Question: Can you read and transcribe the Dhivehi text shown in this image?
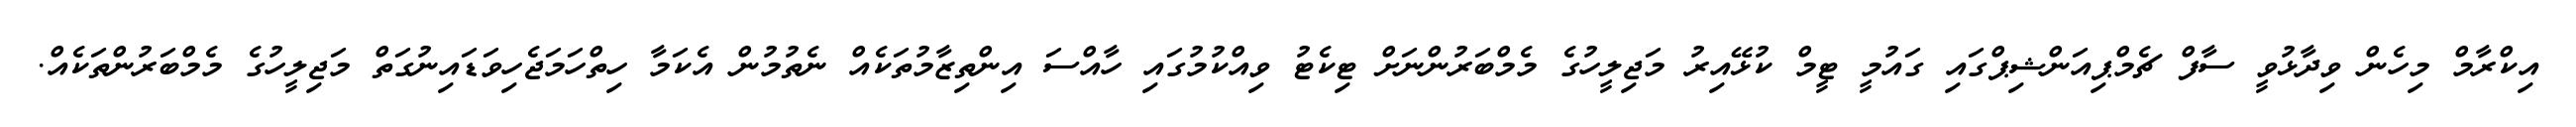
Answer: އިކްރާމް މިހެން ވިދާޅުވީ ސާފް ޗެމްޕިއަންޝިޕްގައި ގައުމީ ޓީމް ކުޅޭއިރު މަޖިލީހުގެ މެމްބަރުންނަށް ޓިކެޓު ވިއްކުމުގައި ހާއްސަ އިންތިޒާމުތަކެއް ނެތުމުން އެކަމާ ހިތްހަމަޖެހިވަޑައިނުގަތް މަޖިލީހުގެ މެމްބަރުންތަކެއް.